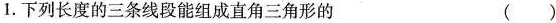
1.下列长度的三条线段能组成直角三角形的 ()